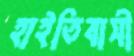
হাইতিবাসী